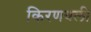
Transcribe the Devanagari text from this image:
किरणवली